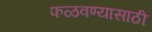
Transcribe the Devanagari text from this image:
फळवण्यासाठी